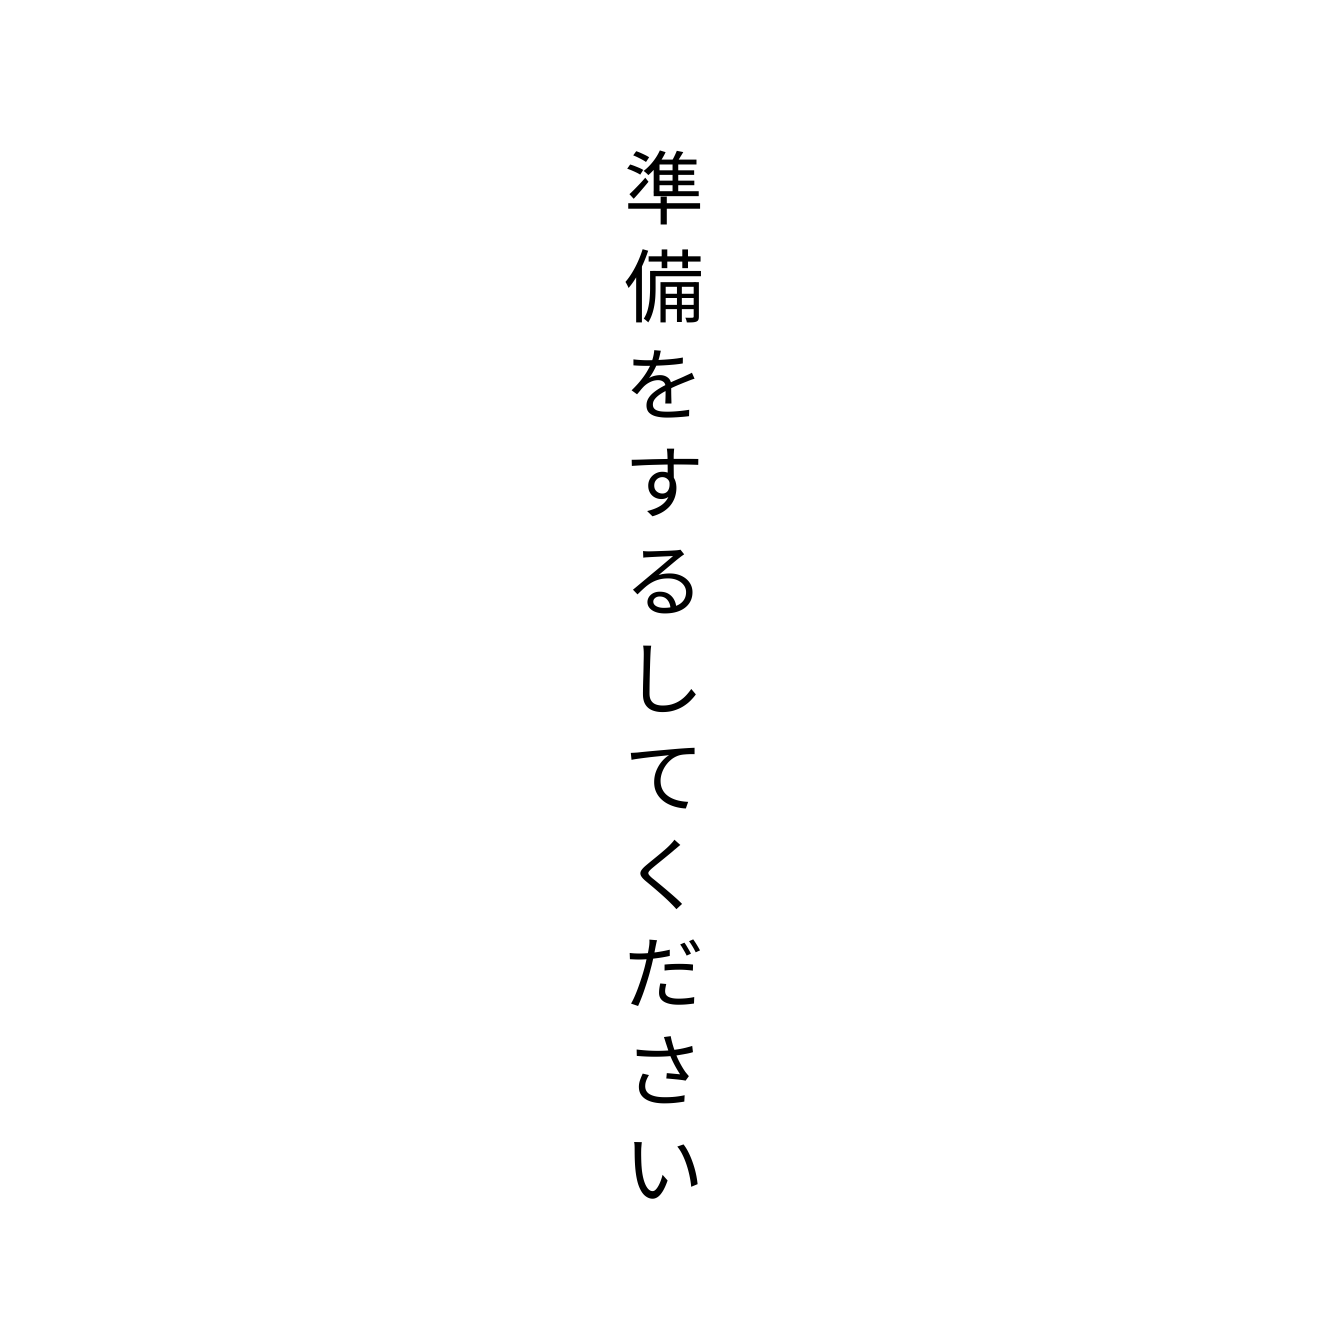
準備をするしてください